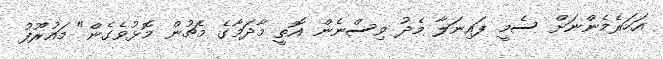
އަހަރެމެންނަށް ސެމީ ފައިނަލާ މެދު ވިސްނެން އޮތީ މާދަމާގެ މެޗުން މޮޅުވެގެން" މައުރޫފު